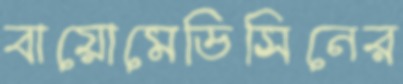
বায়োমেডিসিনের